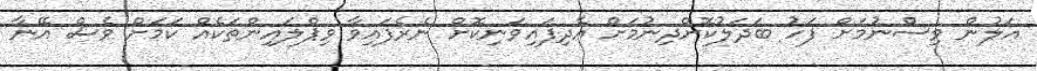
އަލުން ވިސްނުމަށް ފަހު ބަދަލުކޮށްދިނުމަށް އެދިފައިވަނިކޮށް ނެރެފައިވާ ވިޕްލައިންތަކެއް ކަމަށް ވެސް އޭނާ